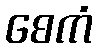
စေကံ